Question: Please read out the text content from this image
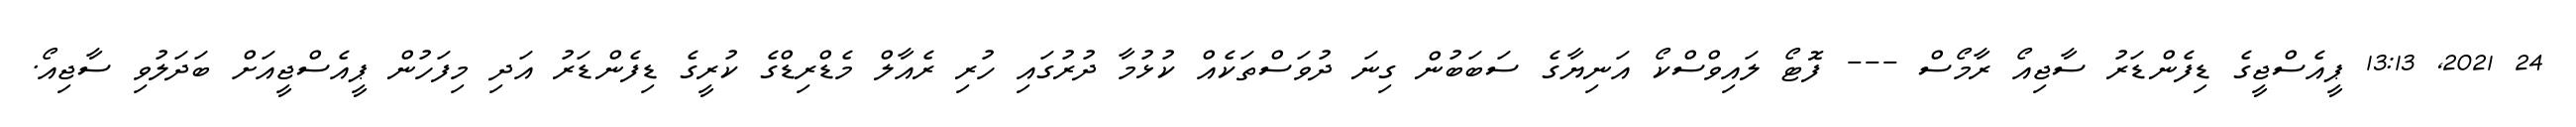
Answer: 24 2021, 13:13 ޕީއެސްޖީގެ ޑިފެންޑަރު ސާޖިއޯ ރާމޯސް --- ފޮޓޯ ލައިވްސްކޯ އަނިޔާގެ ސަބަބުން ގިނަ ދުވަސްތަކެއް ކުޅުމާ ދުރުގައި ހުރި ރެއާލް މެޑްރިޑްގެ ކުރީގެ ޑިފެންޑަރު އަދި މިފަހުން ޕީއެސްޖީއަށް ބަދަލުވި ސާޖިއޯ.